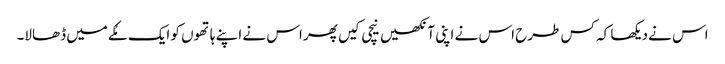
اس نے دیکھا کہ کس طرح اس نے اپنی آنکھیں نیچی کیں پھر اس نے اپنے ہاتھوں کو ایک مُکے میں ڈھالا۔